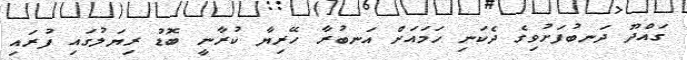
ގައްދޫ ދަނބުފަށުވިގެ ދެކަނި ހަމައަށް އަނބުރާ ހޭރިޔާ ކުރާނީ ބޮޑު ރިޔަލުގައި ފުރައި